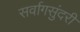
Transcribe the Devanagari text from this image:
सर्वागसुंदरी